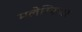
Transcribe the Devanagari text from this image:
मलेरियावर